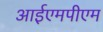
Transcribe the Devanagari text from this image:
आईएमपीएम